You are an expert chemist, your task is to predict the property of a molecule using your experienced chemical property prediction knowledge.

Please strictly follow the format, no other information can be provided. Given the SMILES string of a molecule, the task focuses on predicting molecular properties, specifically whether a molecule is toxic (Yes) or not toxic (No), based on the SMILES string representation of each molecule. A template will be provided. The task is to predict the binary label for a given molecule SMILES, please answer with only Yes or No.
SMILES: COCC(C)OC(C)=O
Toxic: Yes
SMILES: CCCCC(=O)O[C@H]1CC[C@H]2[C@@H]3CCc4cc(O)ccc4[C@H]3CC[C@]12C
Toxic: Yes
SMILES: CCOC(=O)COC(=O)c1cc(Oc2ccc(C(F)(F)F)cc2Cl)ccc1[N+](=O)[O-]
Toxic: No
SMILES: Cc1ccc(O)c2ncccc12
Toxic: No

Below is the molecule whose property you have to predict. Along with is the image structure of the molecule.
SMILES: CC(=O)N(CC(O)CO)c1c(I)c(C(=O)NCCO)c(I)c(C(=O)NCC(O)CO)c1I
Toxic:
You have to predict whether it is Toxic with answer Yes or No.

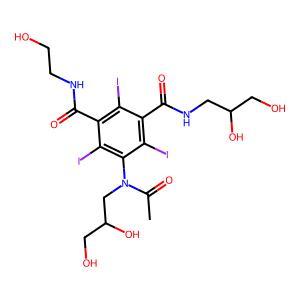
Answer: No